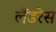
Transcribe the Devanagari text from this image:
लैंडरेस